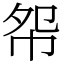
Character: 㠾